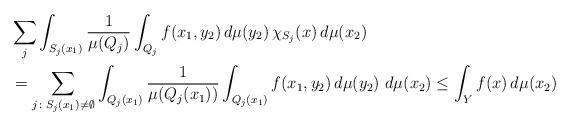
LaTeX: \begin{align*}&\sum_j\int_{S_j(x_1)}\frac{1}{\mu(Q_{j})}\int_{Q_{j}}f(x_1,y_2)\,d\mu(y_2)\,\chi_{S_j}(x)\,d\mu(x_2)\\&=\sum_{j\colon S_j(x_1)\neq \emptyset}\int_{Q_j(x_1)}\frac{1}{\mu(Q_{j}(x_1))}\int_{Q_{j}(x_1)}f(x_1,y_2)\,d\mu(y_2)\,\,d\mu(x_2)\leq \int_Y f(x)\,d\mu(x_2)\end{align*}